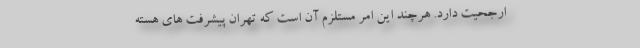
ارجحیت دارد. هرچند این امر مستلزم آن است که تهران پیشرفت های هسته